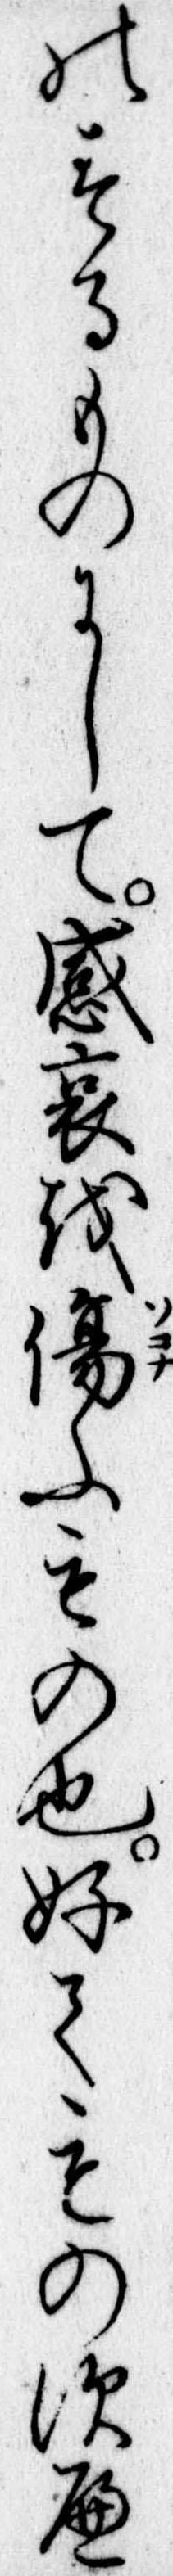
のするものにして感哀を傷ふもの也好てものすへ